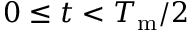
0 \leq t < T _ { \mathrm { m } } / 2